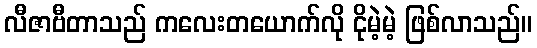
လီဇာဗီတာသည် ကလေးတယောက်လို ငိုမဲ့မဲ့ ဖြစ်လာသည်။